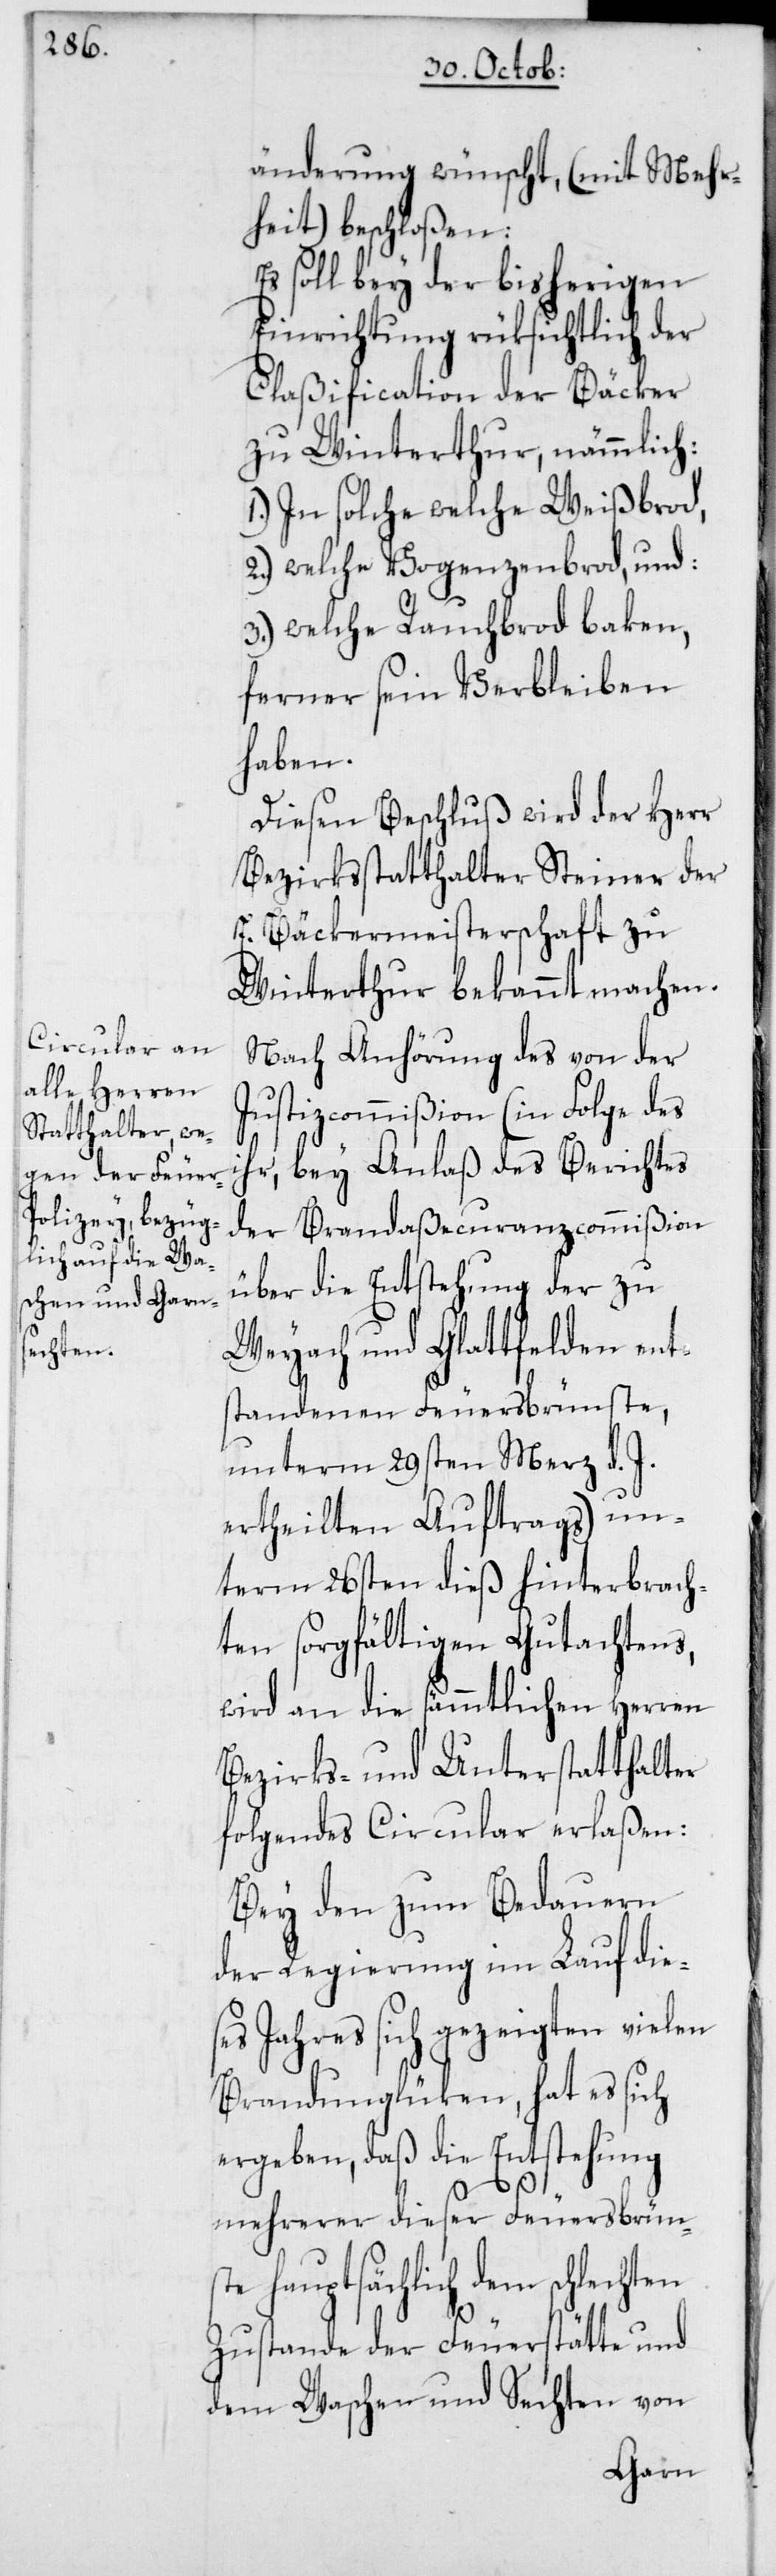
änderung wünscht, (mit Mehr¬
heit) beschloßen:
Es soll bey der bisherigen
Einrichtung rüksichtlich der
Claßification der Bäcker
zu Winterthur, nämmlich
1. In solche welche Weißbrod,
2. welche Vogenzenbrod, und:
3. welche Rauchbrod baken,
ferner sein Verbleiben
haben.
Diesen Beschluß wird der Herr
Bezirksstatthalter Steiner der
E. Bäckermeisterschaft zu
Winterthur bekannt machen.
Nach Anhörung des von der
Justizcommißion (in Folge des
ihr, bey Anlaß des Berichtes
der Brandaßecuranzcommißion
über die Entstehung der zu
Weyach und Glattfelden ent¬
standenen Feuersbrünste,
unterm 29sten März d. J.
ertheilten Auftrags) un¬
term 26sten dieß hinterbrach¬
ten sorgfältigen Gutachtens,
wird an die sämmtlichen Herren
Bezirks- und Unterstatthalter
folgendes Circular erlaßen:
Bey den zum Bedauern
der Regierung im Lauf die¬
ses Jahres sich gezeigten vielen
Brandunglüken, hat es sich
ergeben, daß die Entstehung
mehrerer dieser Feuersbrün¬
ste hauptsächlich dem schlechten
Zustande der Feuerstätte und
dem Waschen und Sechten von